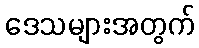
ဒေသများအတွက်